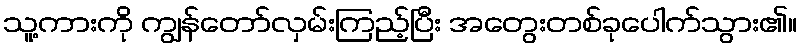
သူ့ကားကို ကျွန်တော်လှမ်းကြည့်ပြီး အတွေးတစ်ခုပေါက်သွား၏။